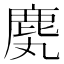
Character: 䴟